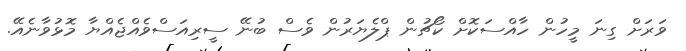
ވަރަށް ގިނަ މީހުން ހާއްސަކޮށް ކޯޗުން ޕްލެޔަރުން ވެސް ބުނޭ ސީރިއަސްވެއްޖެއްޔާ މޮޅުވާނެއޭ.